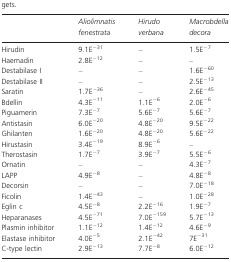
<table><thead><tr><td></td><td><b><i>Aliolimnatis fenestrata</i></b></td><td><b><i>Hirudo verbana</i></b></td><td><b><i>Macrobdella decora</i></b></td></tr></thead><tbody><tr><td>Hirudin</td><td>9.1E<sup>−31</sup></td><td>–</td><td>1.5E<sup>−7</sup></td></tr><tr><td>Haemadin</td><td>2.8E<sup>−12</sup></td><td>–</td><td>–</td></tr><tr><td>Destabilase I</td><td>–</td><td>–</td><td>1.6E<sup>−60</sup></td></tr><tr><td>Destabilase II</td><td>–</td><td>–</td><td>2.5E<sup>−13</sup></td></tr><tr><td>Saratin</td><td>1.7E<sup>−36</sup></td><td>–</td><td>2.6E<sup>−45</sup></td></tr><tr><td>Bdellin</td><td>4.3E<sup>−11</sup></td><td>1.1E<sup>−6</sup></td><td>2.0E<sup>−6</sup></td></tr><tr><td>Piguamerin</td><td>7.3E<sup>−7</sup></td><td>5.6E<sup>−7</sup></td><td>5.6E<sup>−7</sup></td></tr><tr><td>Antistasin</td><td>6.0E<sup>−20</sup></td><td>4.8E<sup>−20</sup></td><td>9.5E<sup>−22</sup></td></tr><tr><td>Ghilanten</td><td>1.6E<sup>−20</sup></td><td>4.8E<sup>−20</sup></td><td>5.6E<sup>−22</sup></td></tr><tr><td>Hirustasin</td><td>3.4E<sup>−19</sup></td><td>8.9E<sup>−6</sup></td><td>–</td></tr><tr><td>Therostasin</td><td>1.7E<sup>−7</sup></td><td>3.9E<sup>−7</sup></td><td>5.5E<sup>−6</sup></td></tr><tr><td>Ornatin</td><td>–</td><td>–</td><td>4.3E<sup>−7</sup></td></tr><tr><td>LAPP</td><td>4.9E<sup>−8</sup></td><td>–</td><td>4.8E<sup>−8</sup></td></tr><tr><td>Decorsin</td><td>–</td><td>–</td><td>7.0E<sup>−18</sup></td></tr><tr><td>Ficolin</td><td>1.4E<sup>−43</sup></td><td>–</td><td>1.0E<sup>−28</sup></td></tr><tr><td>Eglin c</td><td>4.5E<sup>−8</sup></td><td>2.2E<sup>−16</sup></td><td>1.9E<sup>−7</sup></td></tr><tr><td>Heparanases</td><td>4.5E<sup>−71</sup></td><td>7.0E<sup>−159</sup></td><td>5.7E<sup>−13</sup></td></tr><tr><td>Plasmin inhibitor</td><td>1.1E<sup>−12</sup></td><td>1.4E<sup>−12</sup></td><td>4.6E<sup>−9</sup></td></tr><tr><td>Elastase inhibitor</td><td>4.0E<sup>−5</sup></td><td>2.1E<sup>−42</sup></td><td>7E<sup>−31</sup></td></tr><tr><td>C-type lectin</td><td>2.9E<sup>−13</sup></td><td>7.7E<sup>−8</sup></td><td>6.0E<sup>−12</sup></td></tr></tbody></table>